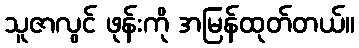
သူဇာလွင် ဖုန်းကို အမြန်ထုတ်တယ်။